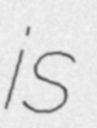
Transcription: is